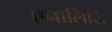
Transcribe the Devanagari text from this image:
एनालिसि